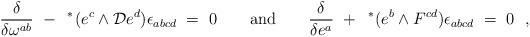
LaTeX: \begin{align*}\frac{\delta}{\delta \omega^{ab}} ~-~ \, {^*{\hskip -1.5pt}} \, (e^c\wedge{\cal D} e^d)\epsilon_{abcd}{}~=~ 0\qquad \hbox{and}\qquad\frac{\delta}{\delta e^a} ~+~ \, {^*{\hskip -1.5pt}}\, (e^b\wedge{}F^{cd})\epsilon_{abcd}~=~ 0\ \ ,\end{align*}